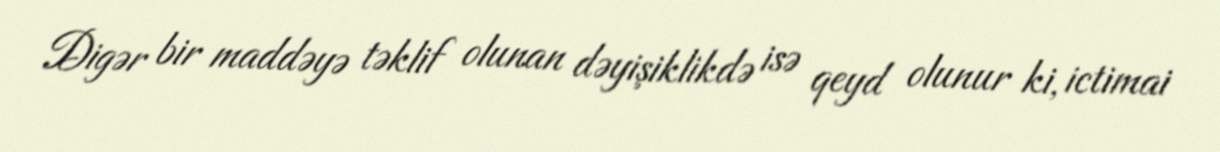
Digər bir maddəyə təklif olunan dəyişiklikdə isə qeyd olunur ki, ictimai